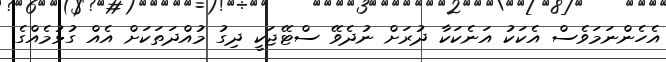
އެހެންނަމަވެސް އެކަކު އަނެކަކާ ދުރަށް ނުދެވޭ ސްޓޭޖަކީ ދިގު މުއްދަތަކަށް އެއް ގުޅުމެއްގެ